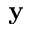
\mathbf { y }